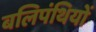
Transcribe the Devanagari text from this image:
बलिपंथियों